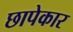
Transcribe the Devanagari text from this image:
छापेकार